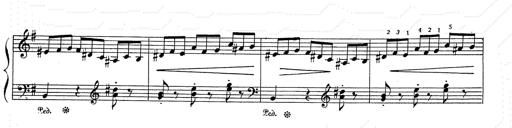
Title: 6 Polish Songs
Composer: Franz Liszt